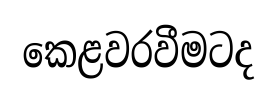
කෙළවරවීමටද